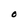
Character: O